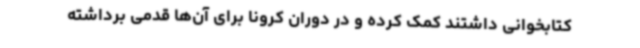
کتابخوانی داشتند کمک کرده و در دوران کرونا برای آن‌ها قدمی برداشته